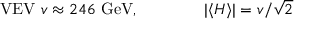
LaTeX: { \mathrm { V E V ~ } } v \approx 2 4 6 { \mathrm { ~ G e V } } , \qquad \qquad | \langle H \rangle | = v / { \sqrt { 2 } }